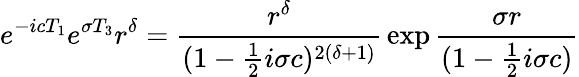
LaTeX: e^{-icT_{1}}e^{\sigma T_{3}}r^{\delta}={\frac{r^{\delta}}{(1-{\frac{1}{2}}i\sigma c)^{2(\delta+1)}}}\exp{{\frac{\sigma r}{(1-{\frac{1}{2}}i\sigma c)}}}